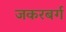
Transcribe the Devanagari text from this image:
जकरबर्ग